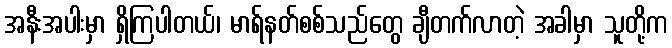
အနီးအပါးမှာ ရှိကြပါတယ်၊ မာရ်နတ်စစ်သည်တွေ ချီတက်လာတဲ့ အခါမှာ သူတို့က